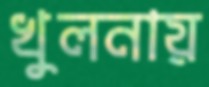
খুলনায়